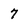
Character: 7